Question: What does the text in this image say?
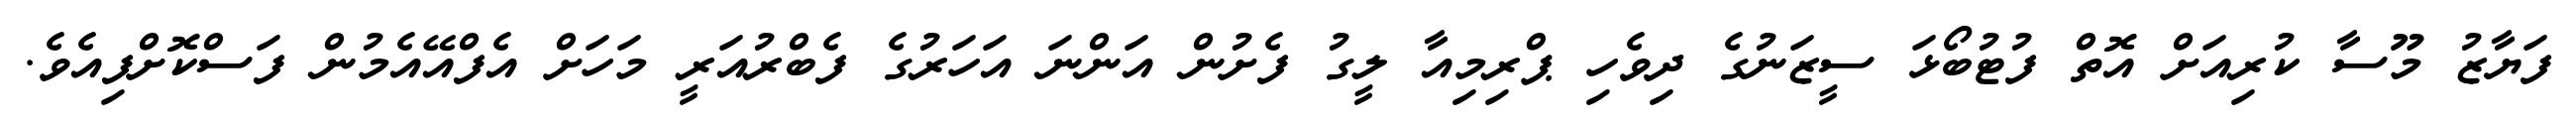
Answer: ފަޔާޒު މޫސާ ކުރިއަށް އޮތް ފުޓުބޯޅަ ސީޒަނުގެ ދިވެހި ޕްރިމިއާ ލީގު ފެށުން އަންނަ އަހަރުގެ ފެބްރުއަރީ މަހަށް އެފްއޭއެމުން ފަސްކޮށްފިއެވެ.